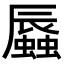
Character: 𧒏